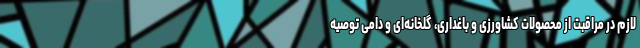
لازم در مراقبت از محصولات کشاورزی و باغداری، گلخانه‌ای و دامی توصیه